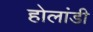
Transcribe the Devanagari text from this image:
होलांडी